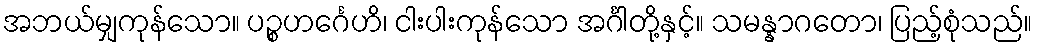
အဘယ်မျှကုန်သော။ ပဉ္စဟင်္ဂေဟိ၊ ငါးပါးကုန်သော အင်္ဂါတို့နှင့်။ သမန္နာဂတော၊ ပြည့်စုံသည်။